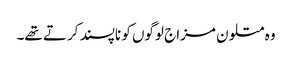
وہ متلون مزاج لوگوں کو ناپسند کرتے تھے۔